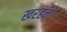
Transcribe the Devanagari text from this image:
खरहना